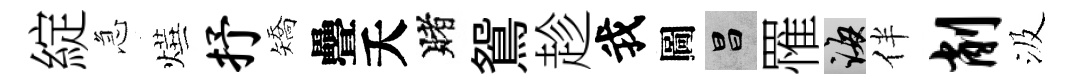
綻急燁抒矯疊夭賭鴛趁我圖昌罹誨伴削汲